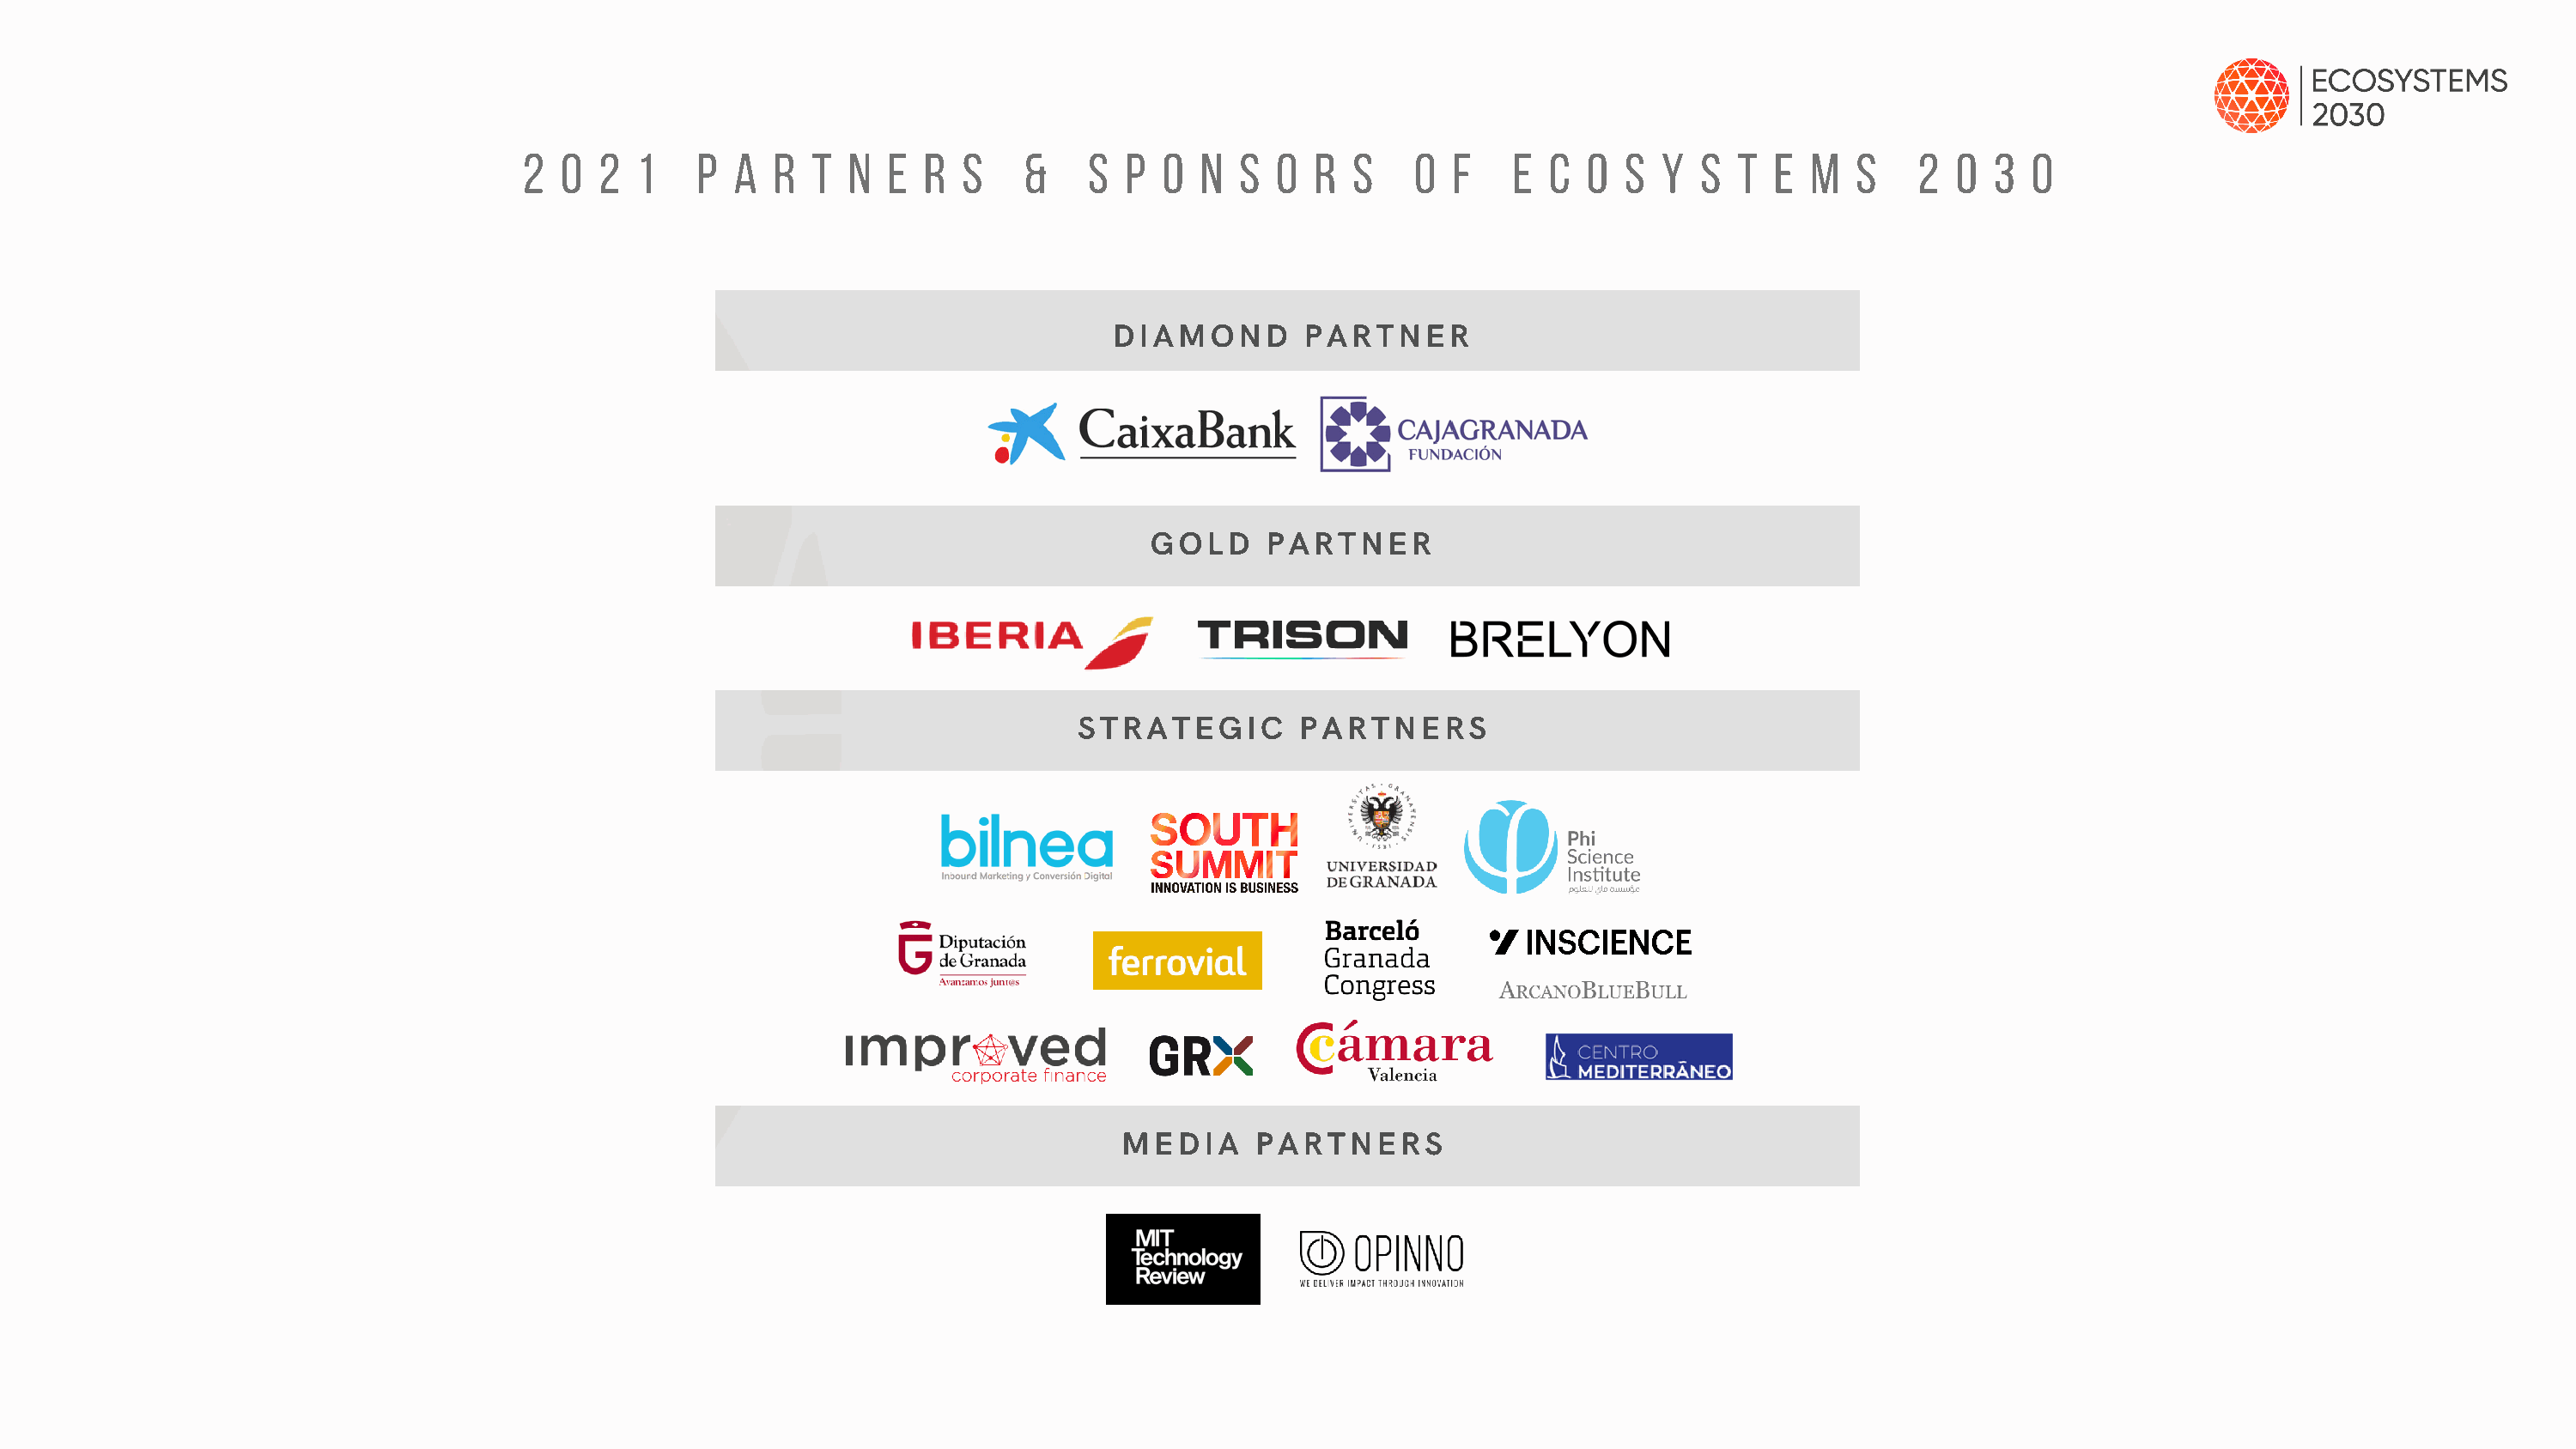
2  0  2  1    P  A  R  T N  E  R  S    &    S  P  O  N  S O  R  S    O  F    E C  O  S  Y  S  T  E  M  S    2  0  3  0
 DIAMOND        PARTNER
 GOLD     PARTNER
 STRATEGIC        PARTNERS
 MEDIA      PARTNERS